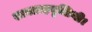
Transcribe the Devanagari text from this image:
सत्याग्रहवृत्तिथी।